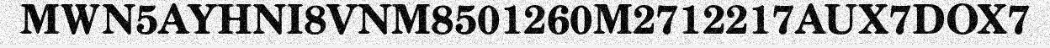
MWN5AYHNI8VNM8501260M2712217AUX7DOX7